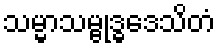
သမ္မာသမ္ဗုဒ္ဓဒေသိတံ